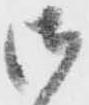
御